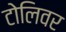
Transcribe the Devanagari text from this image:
टोलिवर